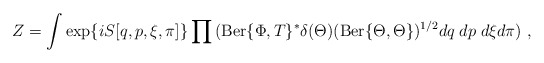
\begin{align*}Z = \int \exp \{ i S[q,p, \xi, \pi]\} \prod{({\rm Ber}\{\Phi , T \}^* \delta(\Theta) ({\rm Ber}\{\Theta , \Theta\})^{1/2} dq \; dp\; d\xi d\pi}) \ ,\end{align*}